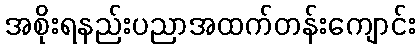
အစိုးရနည်းပညာအထက်တန်းကျောင်း